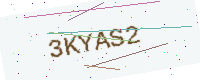
Text: 3KYAS2